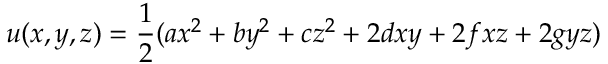
u ( x , y , z ) = \frac { 1 } { 2 } ( a x ^ { 2 } + b y ^ { 2 } + c z ^ { 2 } + 2 d x y + 2 f x z + 2 g y z )